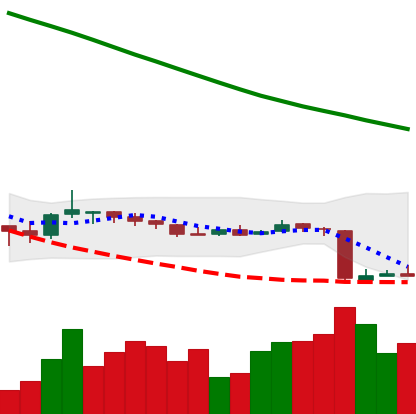
Ticker: NEO-USD
Chart end date: 2018-10-14
Forward return: 5.282%
Label: up_5_7